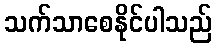
သက်သာစေနိုင်ပါသည်